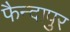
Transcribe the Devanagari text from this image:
फैन्दापुर